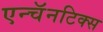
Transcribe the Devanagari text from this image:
एन्चॅनटिक्स